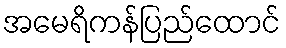
အမေရိကန်ပြည်ထောင်